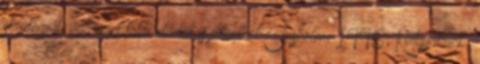
stratégiát, valamint több utódot is jelenthet Chisholm, 1996; Kirkpatrick,